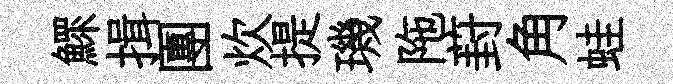
鰥揖團炊提璣陁葑角蛙